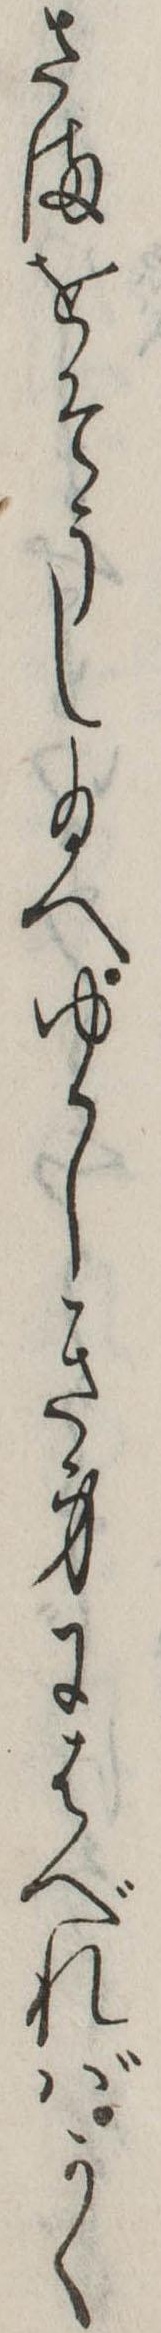
さまをそうし給へゆゝしき身にはべればかく